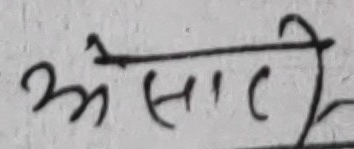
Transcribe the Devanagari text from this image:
अेसाथी